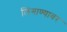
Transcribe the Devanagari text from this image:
लिंगाण्यावर